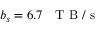
b _ { s } = 6 . 7 \mathrm { ~ ~ ~ T ~ B ~ / ~ s ~ }